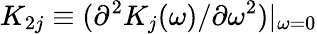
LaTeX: K_{2j}\equiv(\partial^{2}K_{j}(\omega)/\partial\omega^{2})|_{\omega=0}